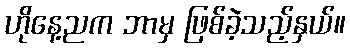
ဟိုနေ့ညက ဘာမှ ဖြစ်ခဲ့သည့်နှယ်။